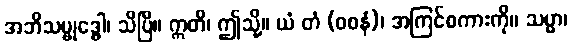
အဘိသမ္ဗုဒ္ဓေါ၊ သိပြီ။ ဣတိ၊ ဤသို့။ ယံ တံ (ဝစနံ)၊ အကြင်စကားကို။ သမ္မာ၊